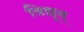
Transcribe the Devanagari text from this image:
विद्यूत्‌